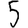
Digit: 5